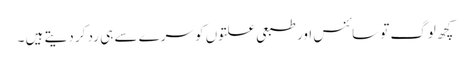
کچھ لوگ تو سائنس اور طبعی علتوں کو سرے سے ہی رد کر دیتے ہیں ۔